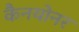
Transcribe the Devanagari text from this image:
कैनयोनर